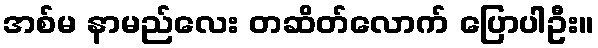
အစ်မ နာမည်လေး တဆိတ်လောက် ပြောပါဦး။